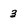
Character: 3